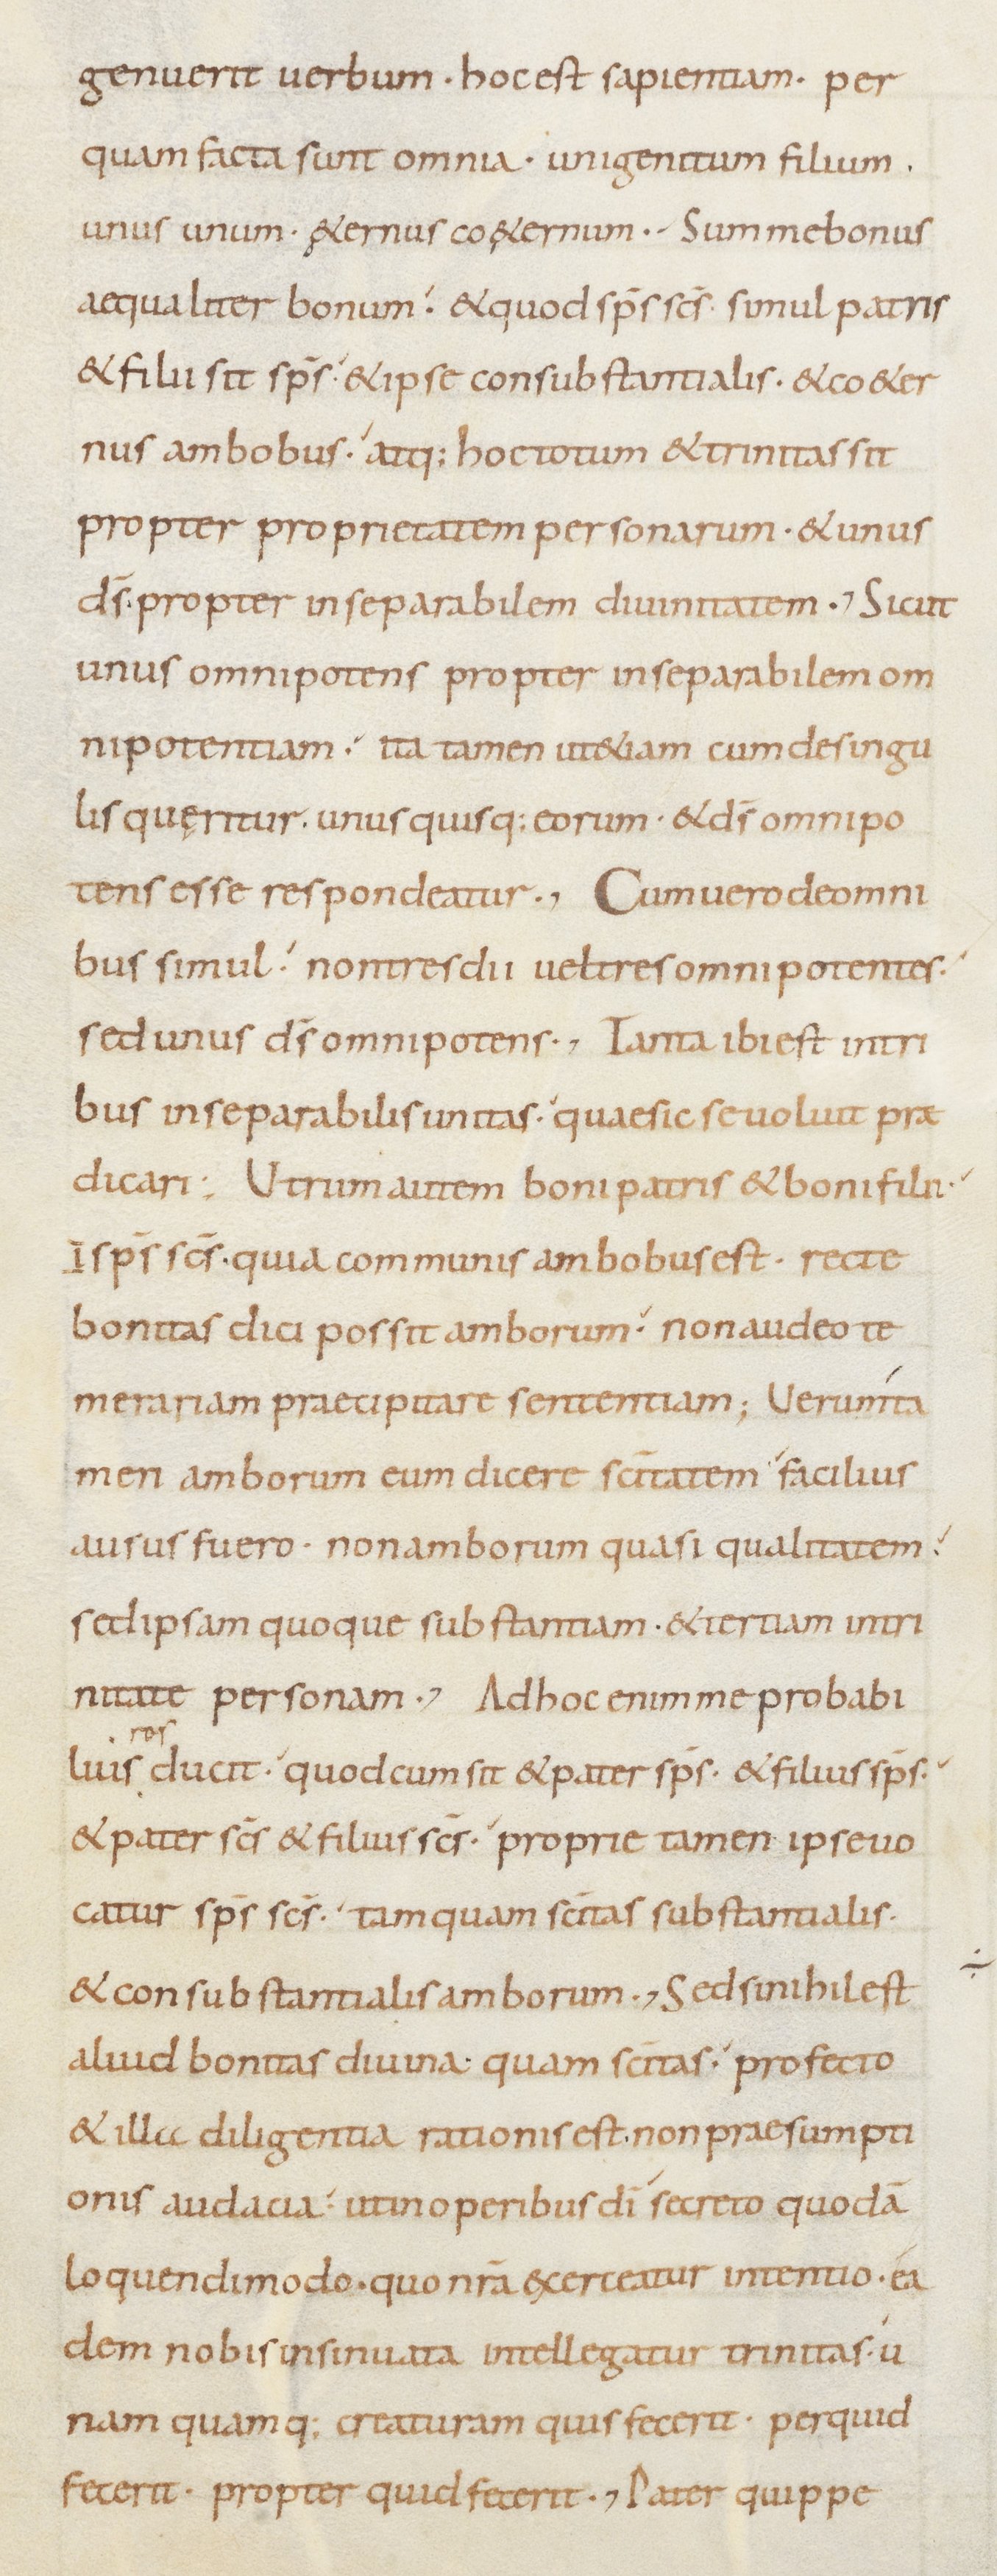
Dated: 800–899